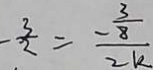
- \frac { 3 } { 2 } = \frac { - \frac { 3 } { 8 } } { 2 k }